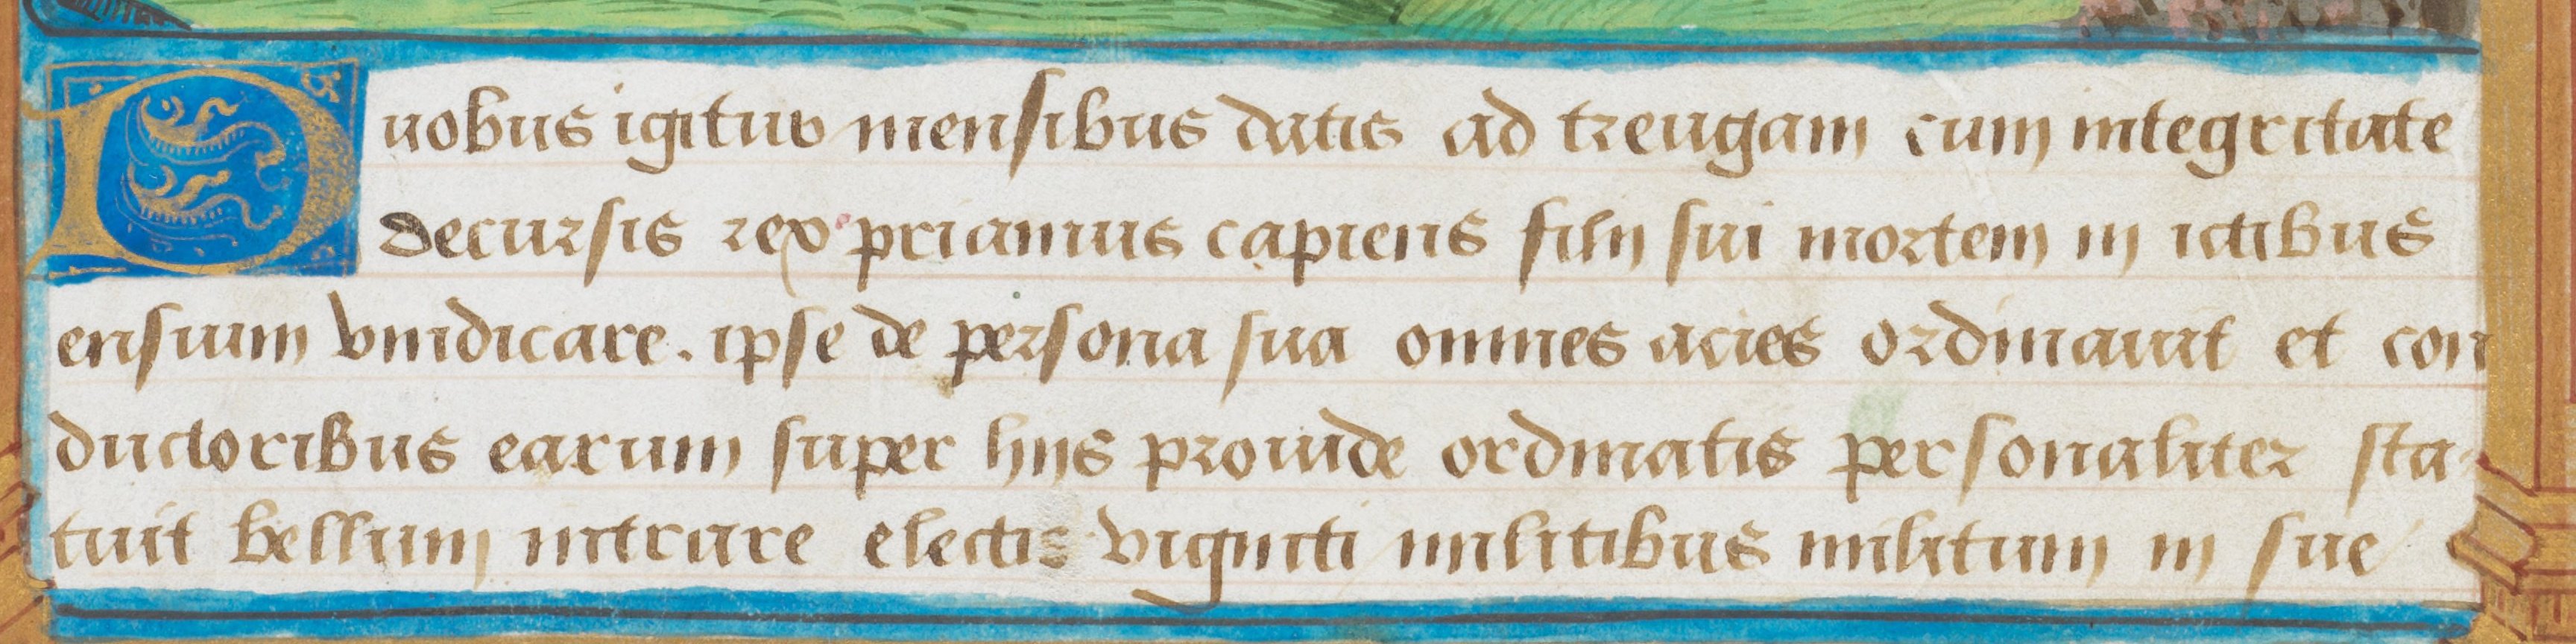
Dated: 1475–1499